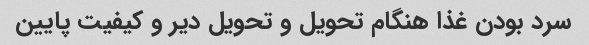
سرد بودن غذا هنگام تحویل و تحویل دیر و کیفیت پایین